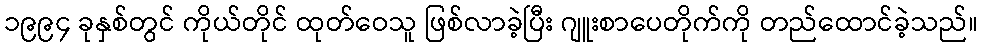
၁၉၉၄ ခုနှစ်တွင် ကိုယ်တိုင် ထုတ်ဝေသူ ဖြစ်လာခဲ့ပြီး ဂျူးစာပေတိုက်ကို တည်ထောင်ခဲ့သည်။